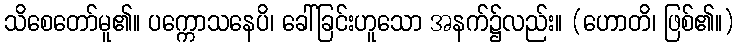
သိစေတော်မူ၏။ ပက္ကောသနေပိ၊ ခေါ်ခြင်းဟူသော အနက်၌လည်း။ (ဟောတိ၊ ဖြစ်၏။)